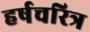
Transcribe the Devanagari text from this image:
हर्षचरित्र